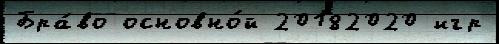
Бра́во основно́й 20182020 игр